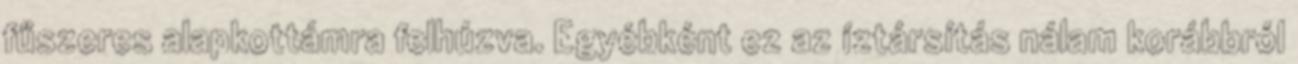
fűszeres alapkottámra felhúzva. Egyébként ez az íztársítás nálam korábbról